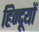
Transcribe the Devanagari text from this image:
हिन्दूयों